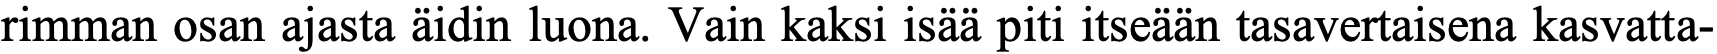
rimman osan ajasta äidin luona. Vain kaksi isää piti itseään tasavertaisena kasvatta-